Civil Veterinary Dept. Assam report 1927-50 - 1927-1950
Year: 1927
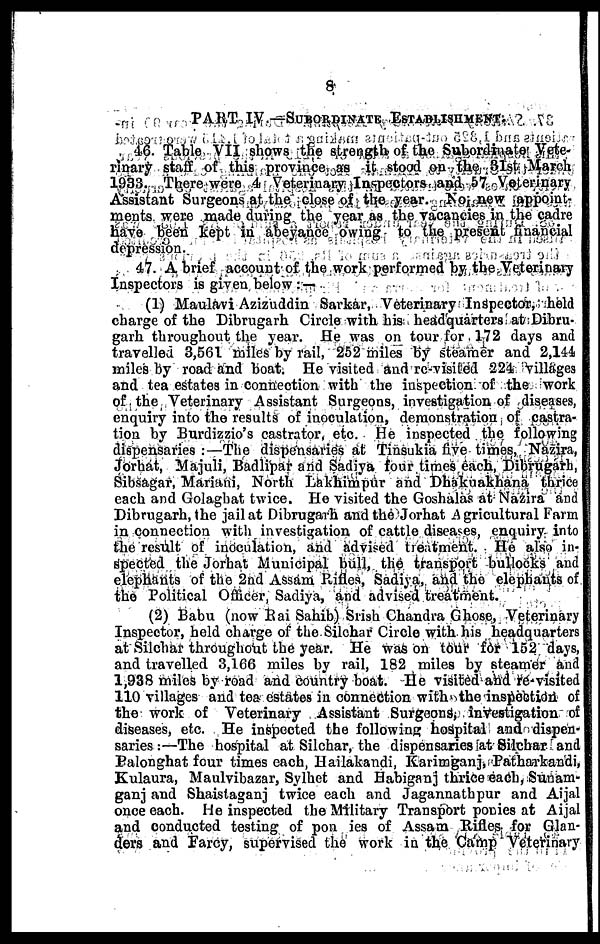
8
PART IV.—SUBORDINATE ESTABLISHMENT.
46. Table VII shows the strength of the Subordinate Vete-
rinary staff of this province as it stood on the 31st March
1933. There were 4 Veterinary Inspectors and 57 Veterinary
Assistant Surgeons at the close of the year. No new appoint-
ments were made during the year as the vacancies in the cadre
have been kept in abeyance owing to (he present financial
depression.
47. A brief account of the work performed by the Veterinary
Inspectors is given below : —
(1) Maulavi Azizuddin Sarkar, Veterinary Inspector, held
charge of the Dibrugarh Circle with his headquarters at Dibru-
garh throughout the year. He was on tour for 172 days and
travelled 3,561 miles by rail, 252 miles by steamer and 2,144
miles by road and boat. He visited and re-visited 224 villages
and tea estates in connection with the inspection of the work
of the Veterinary Assistant Surgeons, investigation of diseases,
enquiry into the results of inoculation, demonstration of castra-
tion by Burdizzio's castrator, etc. He inspected the following
dispensaries :—The dispensaries at Tinsukia five times, Nazira,
Jorhat, Majuli, Badlipar and Sadiya four times each, Dibrugarh,
Sibsagar, Mariani, North Lakhimpur and Dhakuakhana thrice
each and Golaghat twice. Ho visited the Goshalas at Nazira and
Dibrugarh, the jail at Dibrugarh and the Jorhat Agricultural Farm
in connection with investigation of cattle diseases, enquiry into
the result of inoculation, and advised treatment. He also in-
spected the Jorhat Municipal bull, the transport bullocks and
elephants of the 2nd Assam Rifles, Sadiya, and the elephants of
the Political Officer, Sadiya, and advised treatment.
(2) Babu (now Rai Sahib) Srish Chandra Ghose, Veterinary
Inspector, held charge of the Silchar Circle with his headquarters
at Silchar throughout the year. He was on tour for 152 days,
and travelled 3,166 miles by rail, 182 miles by steamer and
1,938 miles by road and country boat. He visited and re visited
110 villages and tea estates in connection with the inspection of
the work of Veterinary Assistant Surgeons, investigation of
diseases, etc. He inspected the following hospital and dispen-
saries :—The hospital at Silchar, the dispensaries at Silchar and
Balonghat four times each, Hailakandi, Karimganj, Patharkandi,
Kulaura, Maulvibazar, Sylhet and Habiganj thrice each, Sunam-
ganj and Shaistaganj twice each and Jagannathpur and Aijal
once each. He inspected the Military Transport ponies at Aijal
and conducted testing of pon ies of Assam Rifles for Glan-
ders and Farcy, supervised the work in the Camp Veterinary